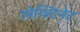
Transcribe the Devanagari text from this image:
लेफ्टिनेट